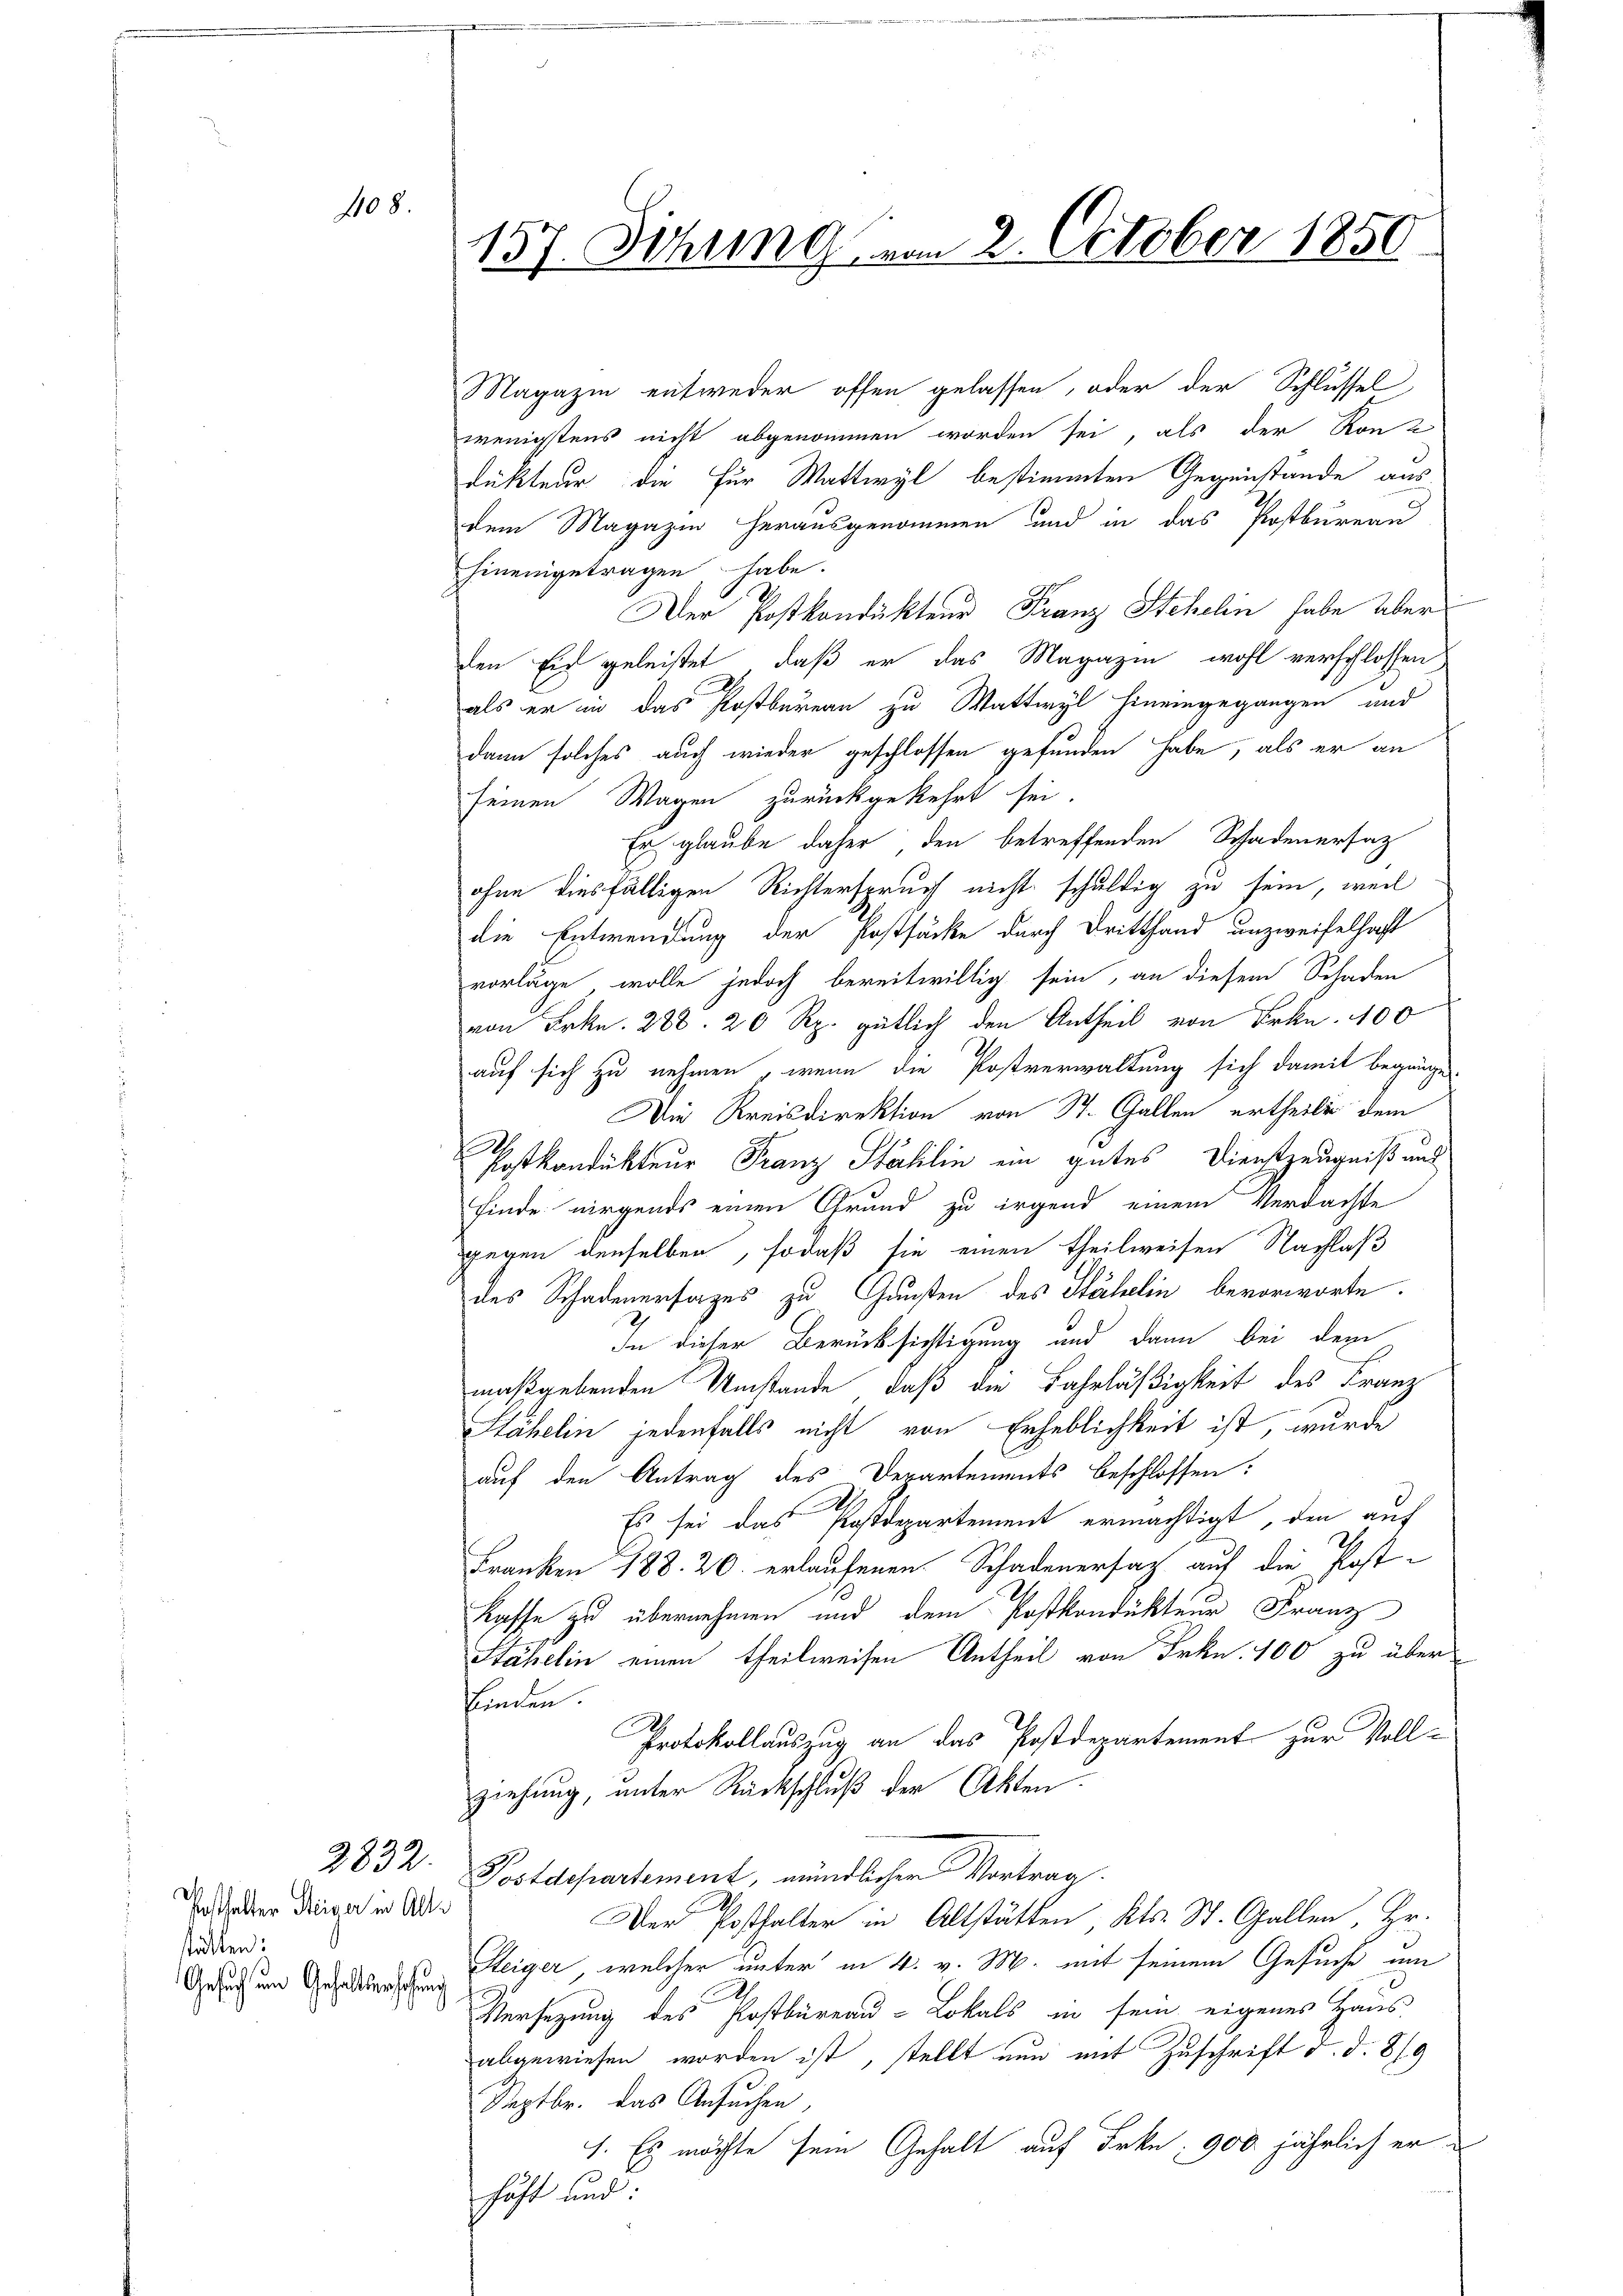
1108.

2832.

Vosthalter Steiger in Alle
stätten:
Gesuch um Gehaltserhöhung

157. Sitzung vom 2. October 1850.

Magazin entweder offen gelassen, oder der Schlussel,
wenigstens nicht abgenommen worden sei, als der Ron-
dukteur die für Wattwyl bestimmten Gegenstände aus
dem Magazin herausgenommen und in das Postbureau
hineingetragen, habe.
Der Postkondukteur Franz Stehelin habe überden Eid geleistet, daß er das Magazin wohl verschlossen
als er in das Postbureau zu Wattwyl hineingegangen und
dann solches auch wieder geschlossen gefunden habe, als er an
seinen Wagen zurückgekehrt sei.
Er glaube daher den betreffenden Schadenersatz
ohne diesfälligen Richterspruch nicht schuldig zu sein, weil
die Entwendung der Postfacke durch Drittfand unzweifelhaft
vorläge wolle jedoch bereitwillig sein, an diesem Schaden
von Frkn. 278. 20 Rp. gütlich den Antheil von Frkn. 400
auf sich zu nehmen, wenn die Postverwaltung sich damit begange
Die Kreisdirektion von St. Gallen ertheile dem
t
Postkondukteur Franz Stahlin ein gutes Dienstzeugniß aus
finde nirgends einen Grund zu irgend einem Verdachte
gegen denselben, sodaß sie einen theilweisen Nachlaß
des Schadenersages zu Gaußen des Stähelin bevorworte.
In dieser Berücksichtigung und dann bei dem
maßgebenden Umstände, daß die Fahrläßigkeit des Franz
Stähelin jedenfalls nicht von Erheblichkeit ist, wurde
auf den Antrag des Departements beschlossen:
Es sei das Postdepartement ermächtigt, den auf
Franken 188. 20. erlaufenen Schadenersatz auf die Post¬
Kaffe zu übernehmen und dem Postkondukteur Franz
Stähelin einen theilweisen Antheil von Frkn. 100 zu über
binden.
Protokollauszug an das Postdepartement zur Vollziehung, unter Rückschluß der Akten.
Postdepartement, mündlichen Vortrag.
Der Posthalter in Altstätten Kts. St. Gallen, Hr.
Steiger, welcher unter in 4. v. M. mit seinem Gesuche am
Versezung des Postbüreau-Lokals in sein eigenes Haus
abgewiesen worden ist, stellt nun mit Zuschrift d. d. 8/9
Septbr. das Ansuchen,
1. Es möchte sein Gehalt auf Frkn. 900. jährlich er
haft und: